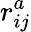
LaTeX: r_{ij}^{a}